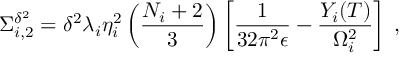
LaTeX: \Sigma _ { i , 2 } ^ { \delta ^ { 2 } } = \delta ^ { 2 } \lambda _ { i } \eta _ { i } ^ { 2 } \left( \frac { N _ { i } + 2 } { 3 } \right) \left[ \frac { 1 } { 3 2 \pi ^ { 2 } \epsilon } - \frac { Y _ { i } ( T ) } { \Omega _ { i } ^ { 2 } } \right] \; ,